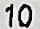
10